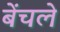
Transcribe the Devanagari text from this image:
बेंचले